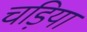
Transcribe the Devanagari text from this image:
चड़िया